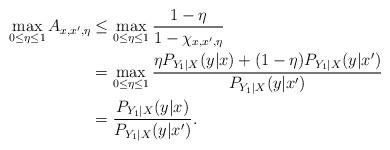
LaTeX: \begin{align*}\max_{0\leq \eta \leq 1} A_{x,x',\eta} &\leq \max_{0\leq \eta \leq 1} \frac{1-\eta}{1-\chi_{x,x',\eta}} \\&=\max_{0\leq \eta \leq 1} \frac{\eta P_{Y_1|X}(y|x)+(1-\eta) P_{Y_1|X}(y|x')}{P_{Y_1|X}(y|x')} \\&=\frac{P_{Y_1|X}(y|x)}{P_{Y_1|X}(y|x')}.\end{align*}